Annual report of the Camel Specialist
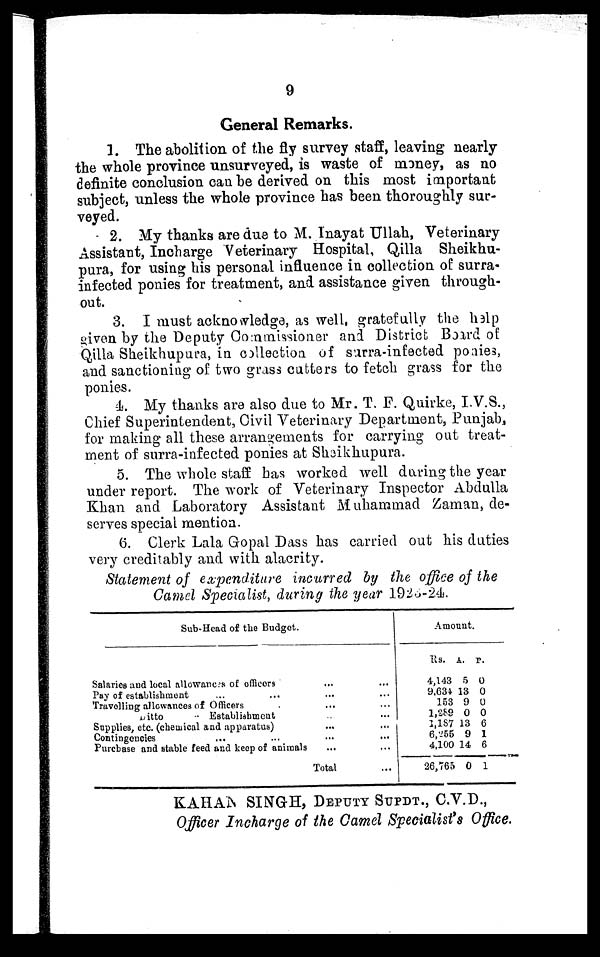
9
General Remarks.
1. The abolition of the fly survey staff, leaving nearly
the whole province unsurveyed, is waste of money, as no
definite conclusion can be derived on this most important
subject, unless the whole province has been thoroughly sur-
veyed.
2. My thanks are due to M. Inayat Ullah, Veterinary
Assistant, Incharge Veterinary Hospital, Qilla Sheikhu-
pura, for using his personal influence in collection of surra-
infected ponies for treatment, and assistance given through-
out.
3. I must acknowledge, as well, gratefully the help
given by the Deputy Commissioner and District Board of
Qilla Sheikhupura, in collection of surra-infected ponies,
and sanctioning of two grass cutters to fetch grass for the
ponies.
4. My thanks are also due to Mr. T. F. Quirke, I.V.S.,
Chief Superintendent, Civil Veterinary Department, Punjab,
for making all these arrangements for carrying out treat-
ment of surra-infected ponies at Sheikhupura.
5. The whole staff has worked well during the year
under report. The work of Veterinary Inspector Abdulla
Khan and Laboratory Assistant Muhammad Zaman, de-
serves special mention.
6. Clerk Lala Gopal Dass has carried out his duties
very creditably and with alacrity.
Statement of expenditure incurred by the office of the
Camel Specialist, during the year 1926-24.
Sub-Head of the Budget.
Salaries and local allowances of officers
Pay of establishment
Travelling allowances of Officers
Ditto
..
Establishment
Supplies, etc. (chemical and apparatus)
Contingencies
...
Purchase and stable feed and keep of animals
...
...
...
...
...
...
...
Total
...
...
...
...
...
...
...
...
Amount.
Rs.
4,143
9,634
153
1,289
1,187
6,255
4,100
26,765
A.
5
13
9
0
13
9
14
0
P.
0
0
0
0
6
1
6
1
KAHAN SINGH, DEPUTY SUPDT., C.V.D.,
Officer Incharge of the Camel Specialist's Office.